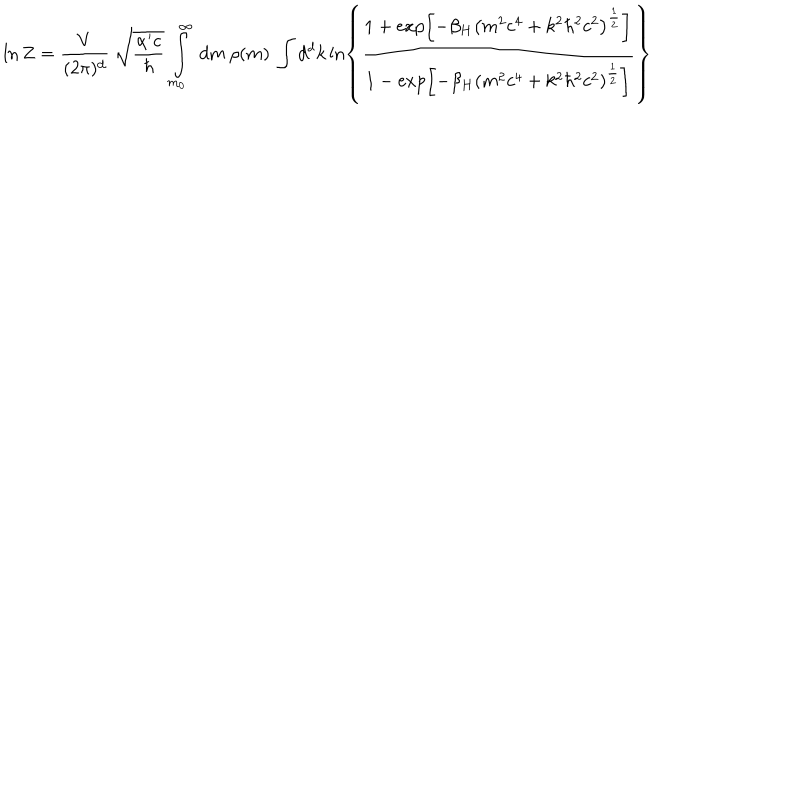
LaTeX: \ln Z = \frac { V } { ( 2 \pi ) ^ { d } } \: \sqrt { \frac { \alpha ^ { \prime } c } { \hbar } } \: \int _ { m _ { 0 } } ^ { \infty } \: d m \: \rho ( m ) \: \int d ^ { d } k \ln \left\lbrace \frac { 1 + \exp \left\lbrack - \beta _ { H } \left( m ^ { 2 } c ^ { 4 } + k ^ { 2 } \hbar ^ { 2 } c ^ { 2 } \right) ^ { \frac { 1 } { 2 } } \right\rbrack } { 1 - \exp \left\lbrack - \beta _ { H } \left( m ^ { 2 } c ^ { 4 } + k ^ { 2 } \hbar ^ { 2 } c ^ { 2 } \right) ^ { \frac { 1 } { 2 } } \right\rbrack } \right\rbrace